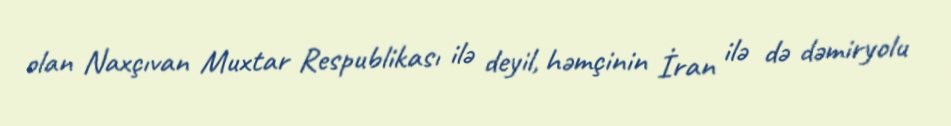
olan Naxçıvan Muxtar Respublikası ilə deyil, həmçinin İran ilə də dəmiryolu